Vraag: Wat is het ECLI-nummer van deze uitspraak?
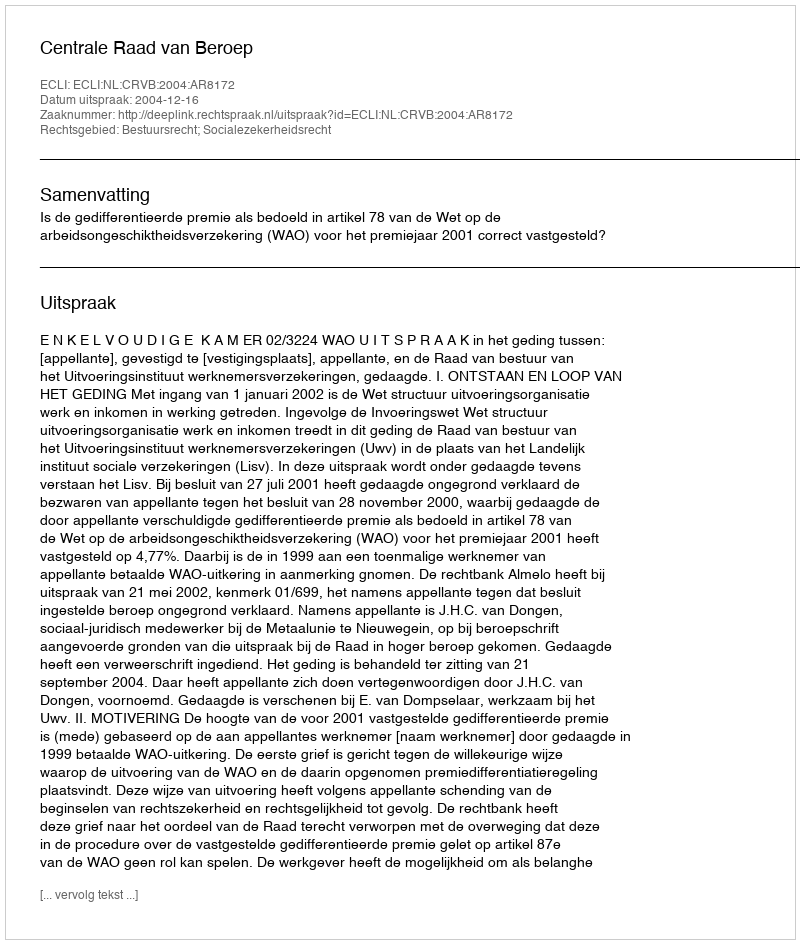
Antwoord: ECLI:NL:CRVB:2004:AR8172